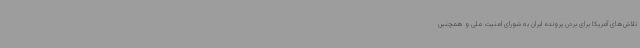
تلاش‌های آمریکا برای بردن پرونده ایران به شورای امنیت ملی و همچنین